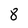
Character: 8